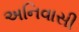
અનિવાસી